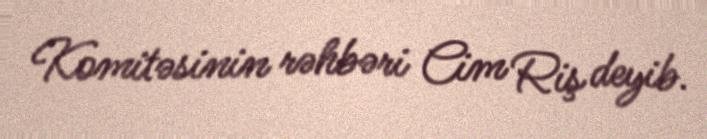
Komitəsinin rəhbəri Cim Riş deyib.